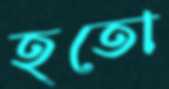
হতো